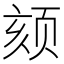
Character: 颏